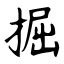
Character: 掘